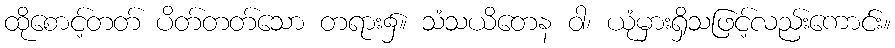
ထိုစောင့်တတ် ပိတ်တတ်သော တရား၌။ သံသယိတေန ဝါ၊ ယုံမှားရှိသဖြင့်လည်းကောင်း။